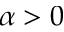
\alpha > 0